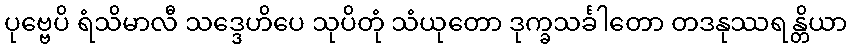
ပုဗ္ဗေပိ ရံသိမာလီ သဒ္ဒေဟိပေ သုပိတုံ သံယုတော ဒုက္ခသင်္ခါတော တဒနုဿရန္တိယာ